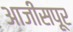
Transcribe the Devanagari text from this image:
आजीसपूर